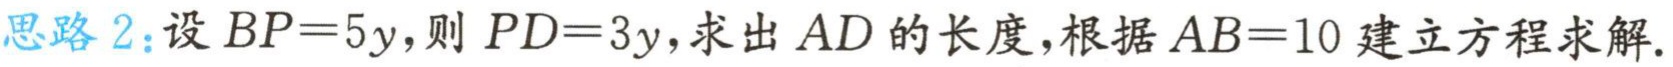
思路 2：设 \(BP = 5y\)，则 \(PD = 3y\)，求出 \(AD\) 的长度，根据 \(AB = 10\) 建立方程求解.